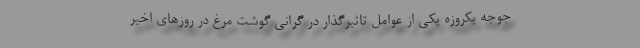
جوجه یکروزه یکی از عوامل تاثیرگذار در گرانی گوشت مرغ در روزهای اخیر